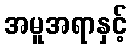
အမူအရာနှင့်